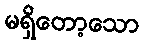
မရှိတော့သော